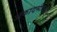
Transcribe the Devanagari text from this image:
अकादमीकडून